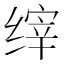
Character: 𰬴